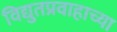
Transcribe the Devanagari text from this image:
विद्युतप्रवाहाच्या